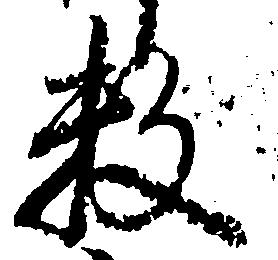
数